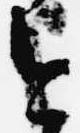
今